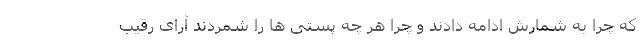
که چرا به شمارش ادامه دادند و چرا هر چه پستی ها را شمردند آرای رقیب